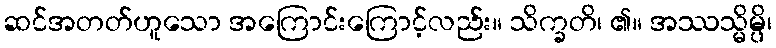
ဆင်အတတ်ဟူသော အကြောင်းကြောင့်လည်း။ သိက္ခတိ၊ ၏။ အဿသ္မိမ္ပိ၊